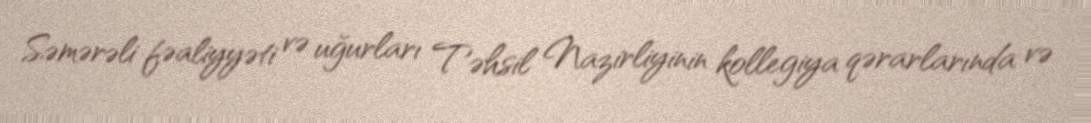
Səmərəli fəaliyyəti və uğurları Təhsil Nazirliyinin kollegiya qərarlarında və